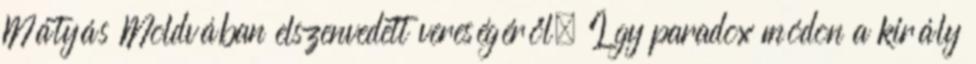
Mátyás Moldvában elszenvedett vereségéről. Így paradox módon a király